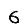
Digit: 6